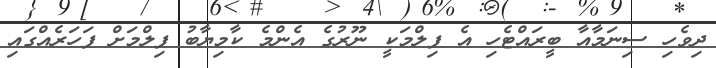
ދިވެހި ސިނަމާއާ ބީރައްޓެހި އެ ފިލްމަކީ ނޫރުގެ އެންމެ ކާމިޔާބު ފިލްމަށް ފަހަރެއްގައި